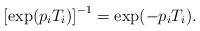
\begin{align*}\left[\exp(p_i T_i)\right]^{-1} = \exp(- p_i T_i).\end{align*}